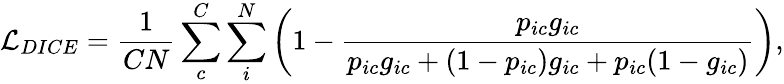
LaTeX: \mathcal{L}_{DICE}=\frac{1}{CN}\sum_{c}^{C}\sum_{i}^{N}\left(1-\frac{p_{ic}g_{ic}}{p_{ic}g_{ic}+(1-p_{ic})g_{ic}+p_{ic}(1-g_{ic})}\right),